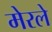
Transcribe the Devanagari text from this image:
मेरले